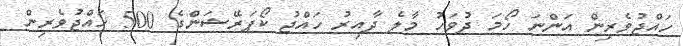
ހައްޖުވެރިން އަންނަ ހޯމަ ދުވަހު މާލެ ދާއިރު ހައްޖު ކޯޕަރޭޝަންގެ 500 ހައްޖުވެރިން